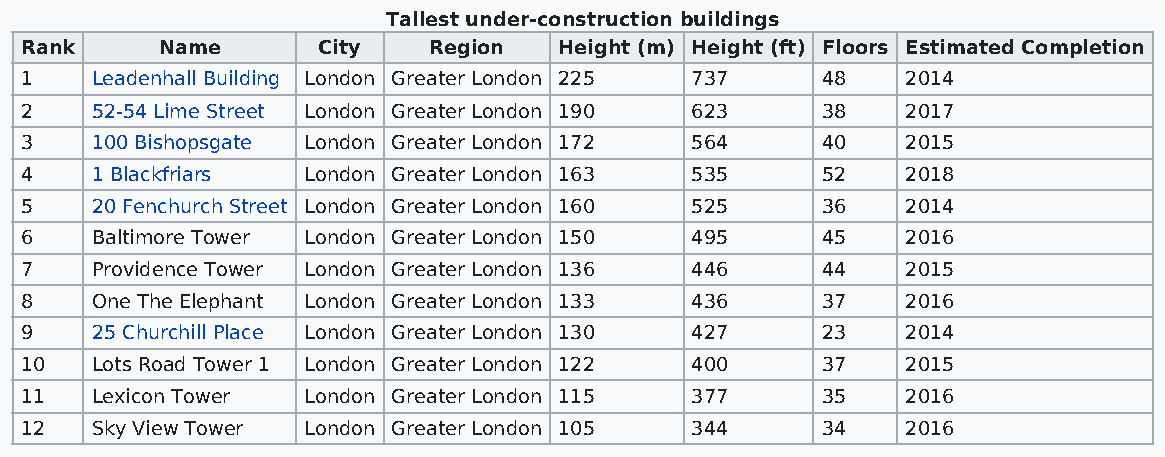
Tallest under-construction buildings
 Rank     Name       City   Region   Height (m) Height (ft) Floors Estimated Completion
 1    Leadenhall Building London Greater London 225 737 48  2014
 2    52-54 Lime Street London Greater London 190 623 38    2017
 3    100 Bishopsgate London Greater London 172 564   40    2015
 4    1 Blackfriars London Greater London 163 535     52    2018
 5    20 Fenchurch Street London Greater London 160 525 36  2014
 6    Baltimore Tower London Greater London 150 495   45    2016
 7    Providence Tower London Greater London 136 446  44    2015
 8    One The Elephant London Greater London 133 436  37    2016
 9    25 Churchill Place London Greater London 130 427 23   2014
 10   Lots Road Tower 1 London Greater London 122 400 37    2015
 11   Lexicon Tower London Greater London 115 377     35    2016
 12   Sky View Tower London Greater London 105 344    34    2016